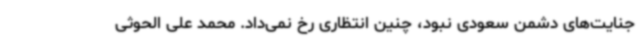
جنایت‌های دشمن سعودی نبود، چنین انتظاری رخ نمی‌داد. محمد علی الحوثی